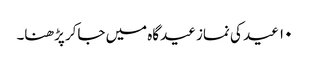
۱۰ عید کی نماز عیدگاہ میں جاکر پڑھنا۔